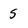
Character: 5